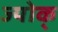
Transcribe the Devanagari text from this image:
ज्योक्